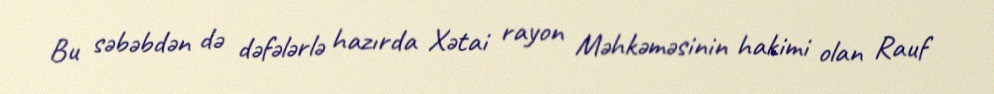
Bu səbəbdən də dəfələrlə hazırda Xətai rayon Məhkəməsinin hakimi olan Rauf